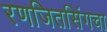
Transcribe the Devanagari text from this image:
रणजितसिंगचा